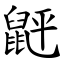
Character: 䶄